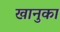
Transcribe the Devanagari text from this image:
खानुका